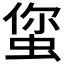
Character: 𱿥